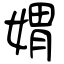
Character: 媦